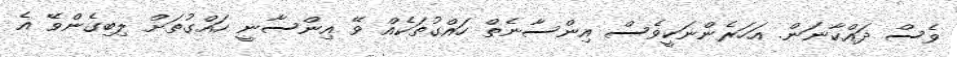
ވެސް ދައްކާނަން. އަހަރެންނަކީވެސް އިންސާނެތް ހައްގުތަކެއް ވޭ އިންސާނީ ހައްގުތަށް ލިބިގެންވޭ އެ